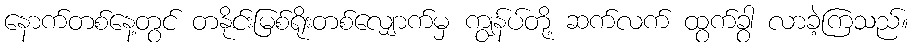
နောက်တစ်နေ့တွင် တနိုင်းမြစ်ရိုးတစ်လျှောက်မှ ကျွန်ပ်တို့ ဆက်လက် ထွက်ခွာ လာခဲ့ကြသည်။